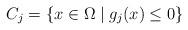
LaTeX: \begin{align*}C_{j}=\{x\in\Omega\mid g_{j}(x)\leq0\}\end{align*}